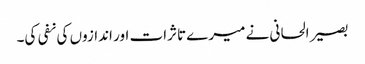
بصیر الحانی نے میرے تاثرات اور اندازوں کی نفی کی۔